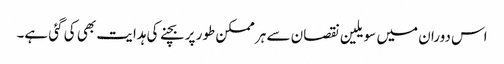
اس دوران میں سویلین نقصان سے ہر ممکن طور پر بچنے کی ہدایت بھی کی گئی ہے۔